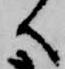
へ